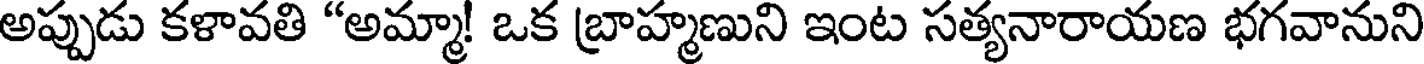
అప్పుడు కళావతి "అమ్మా! ఒక బ్రాహ్మణుని ఇంట సత్యనారాయణ భగవానుని